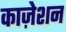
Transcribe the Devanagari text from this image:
काज़ेशन